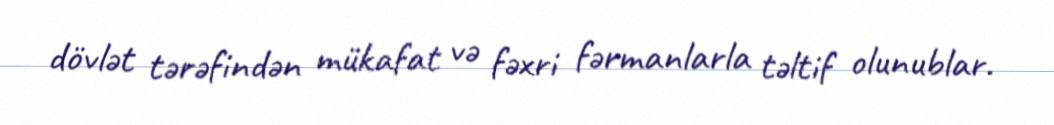
dövlət tərəfindən mükafat və fəxri fərmanlarla təltif olunublar.